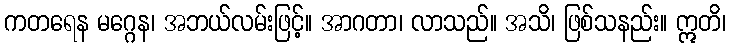
ကတရေန မဂ္ဂေန၊ အဘယ်လမ်းဖြင့်။ အာဂတာ၊ လာသည်။ အသိ၊ ဖြစ်သနည်း။ ဣတိ၊